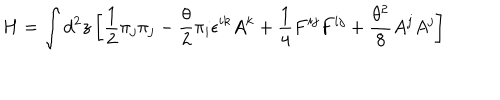
LaTeX: H = \int d ^ { 2 } z \left[ \frac { 1 } { 2 } \pi _ { j } \pi _ { j } - \frac { \theta } { 2 } \pi _ { i } \epsilon ^ { i k } A ^ { k } + \frac { 1 } { 4 } F ^ { i j } F ^ { i j } + \frac { \theta ^ { 2 } } { 8 } A ^ { j } A ^ { j } \right]